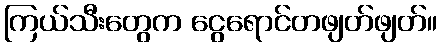
ကြယ်သီးတွေက ငွေရောင်တဖျတ်ဖျတ်။